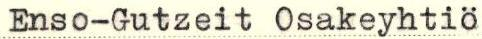
Enso-Gutzeit Osakeyhtiö